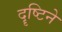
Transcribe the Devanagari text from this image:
दॄष्टिने